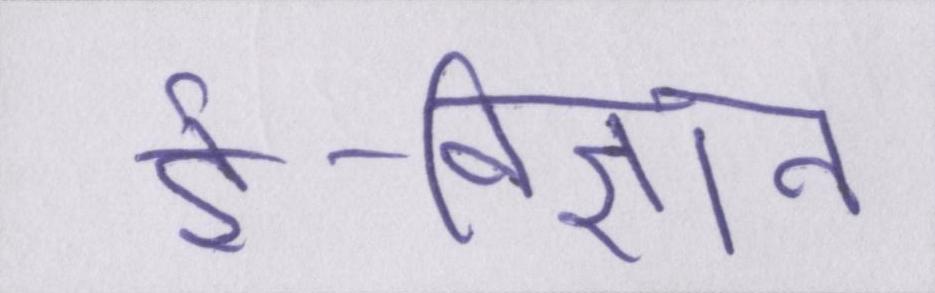
ई-विज्ञान